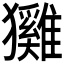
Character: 𤣕